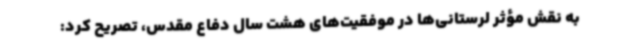
به نقش مؤثر لرستانی‌ها در موفقیت‌های هشت سال دفاع مقدس، تصریح کرد: